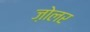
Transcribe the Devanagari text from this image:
ज़ोलर